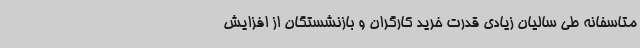
متاسفانه طی سالیان زیادی قدرت خرید کارگران و بازنشستگان از افزایش